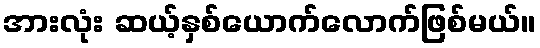
အားလုံး ဆယ့်နှစ်ယောက်လောက်ဖြစ်မယ်။